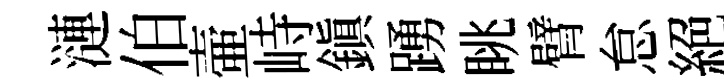
漣伯壷峙鎮踴眺臂怠絕